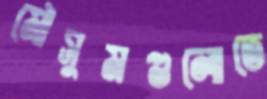
মৌসুমগুলোতে